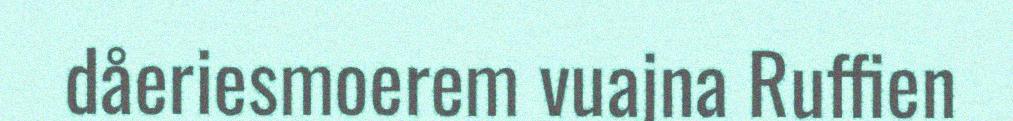
dåeriesmoerem vuajna Ruffien